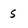
Character: 5